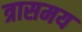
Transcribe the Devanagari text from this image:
त्रासमय